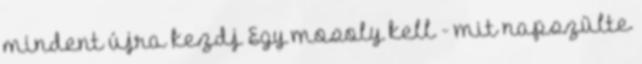
mindent újra kezdj Egy mosoly kell - mit napszülte